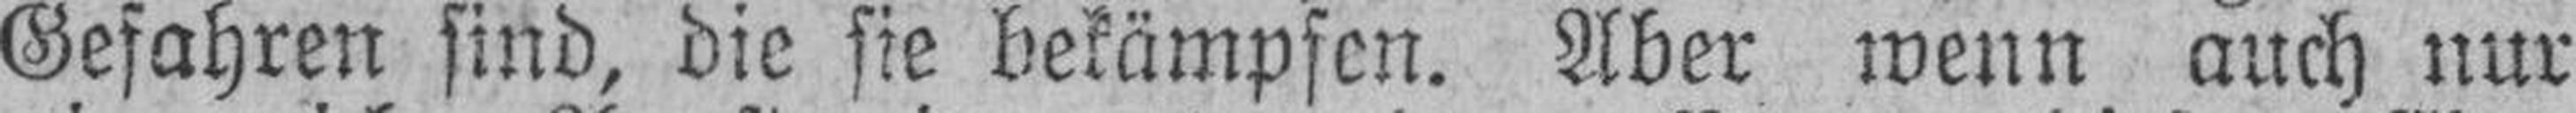
Gefahren sind, die sie bekämpfen. Aber wenn auch nur